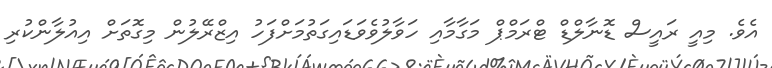
އެވެ. މިއީ ރައީސް ޑޮނާލްޑް ޓްރަމްޕް މަގާމާއި ހަވާލުވެވަޑައިގަތުމަށްފަހު އިޒްރޭލުން މިގޮތަށް އިއުލާންކުރި